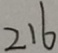
2 1 6